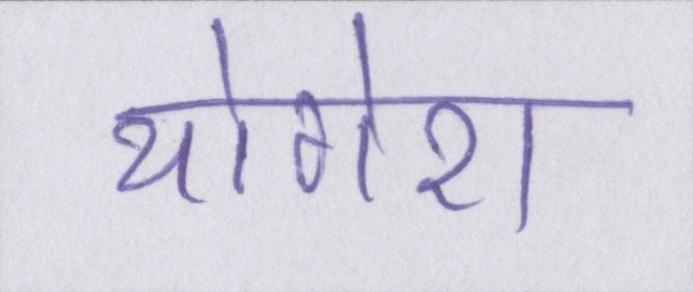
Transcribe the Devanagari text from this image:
योगेश